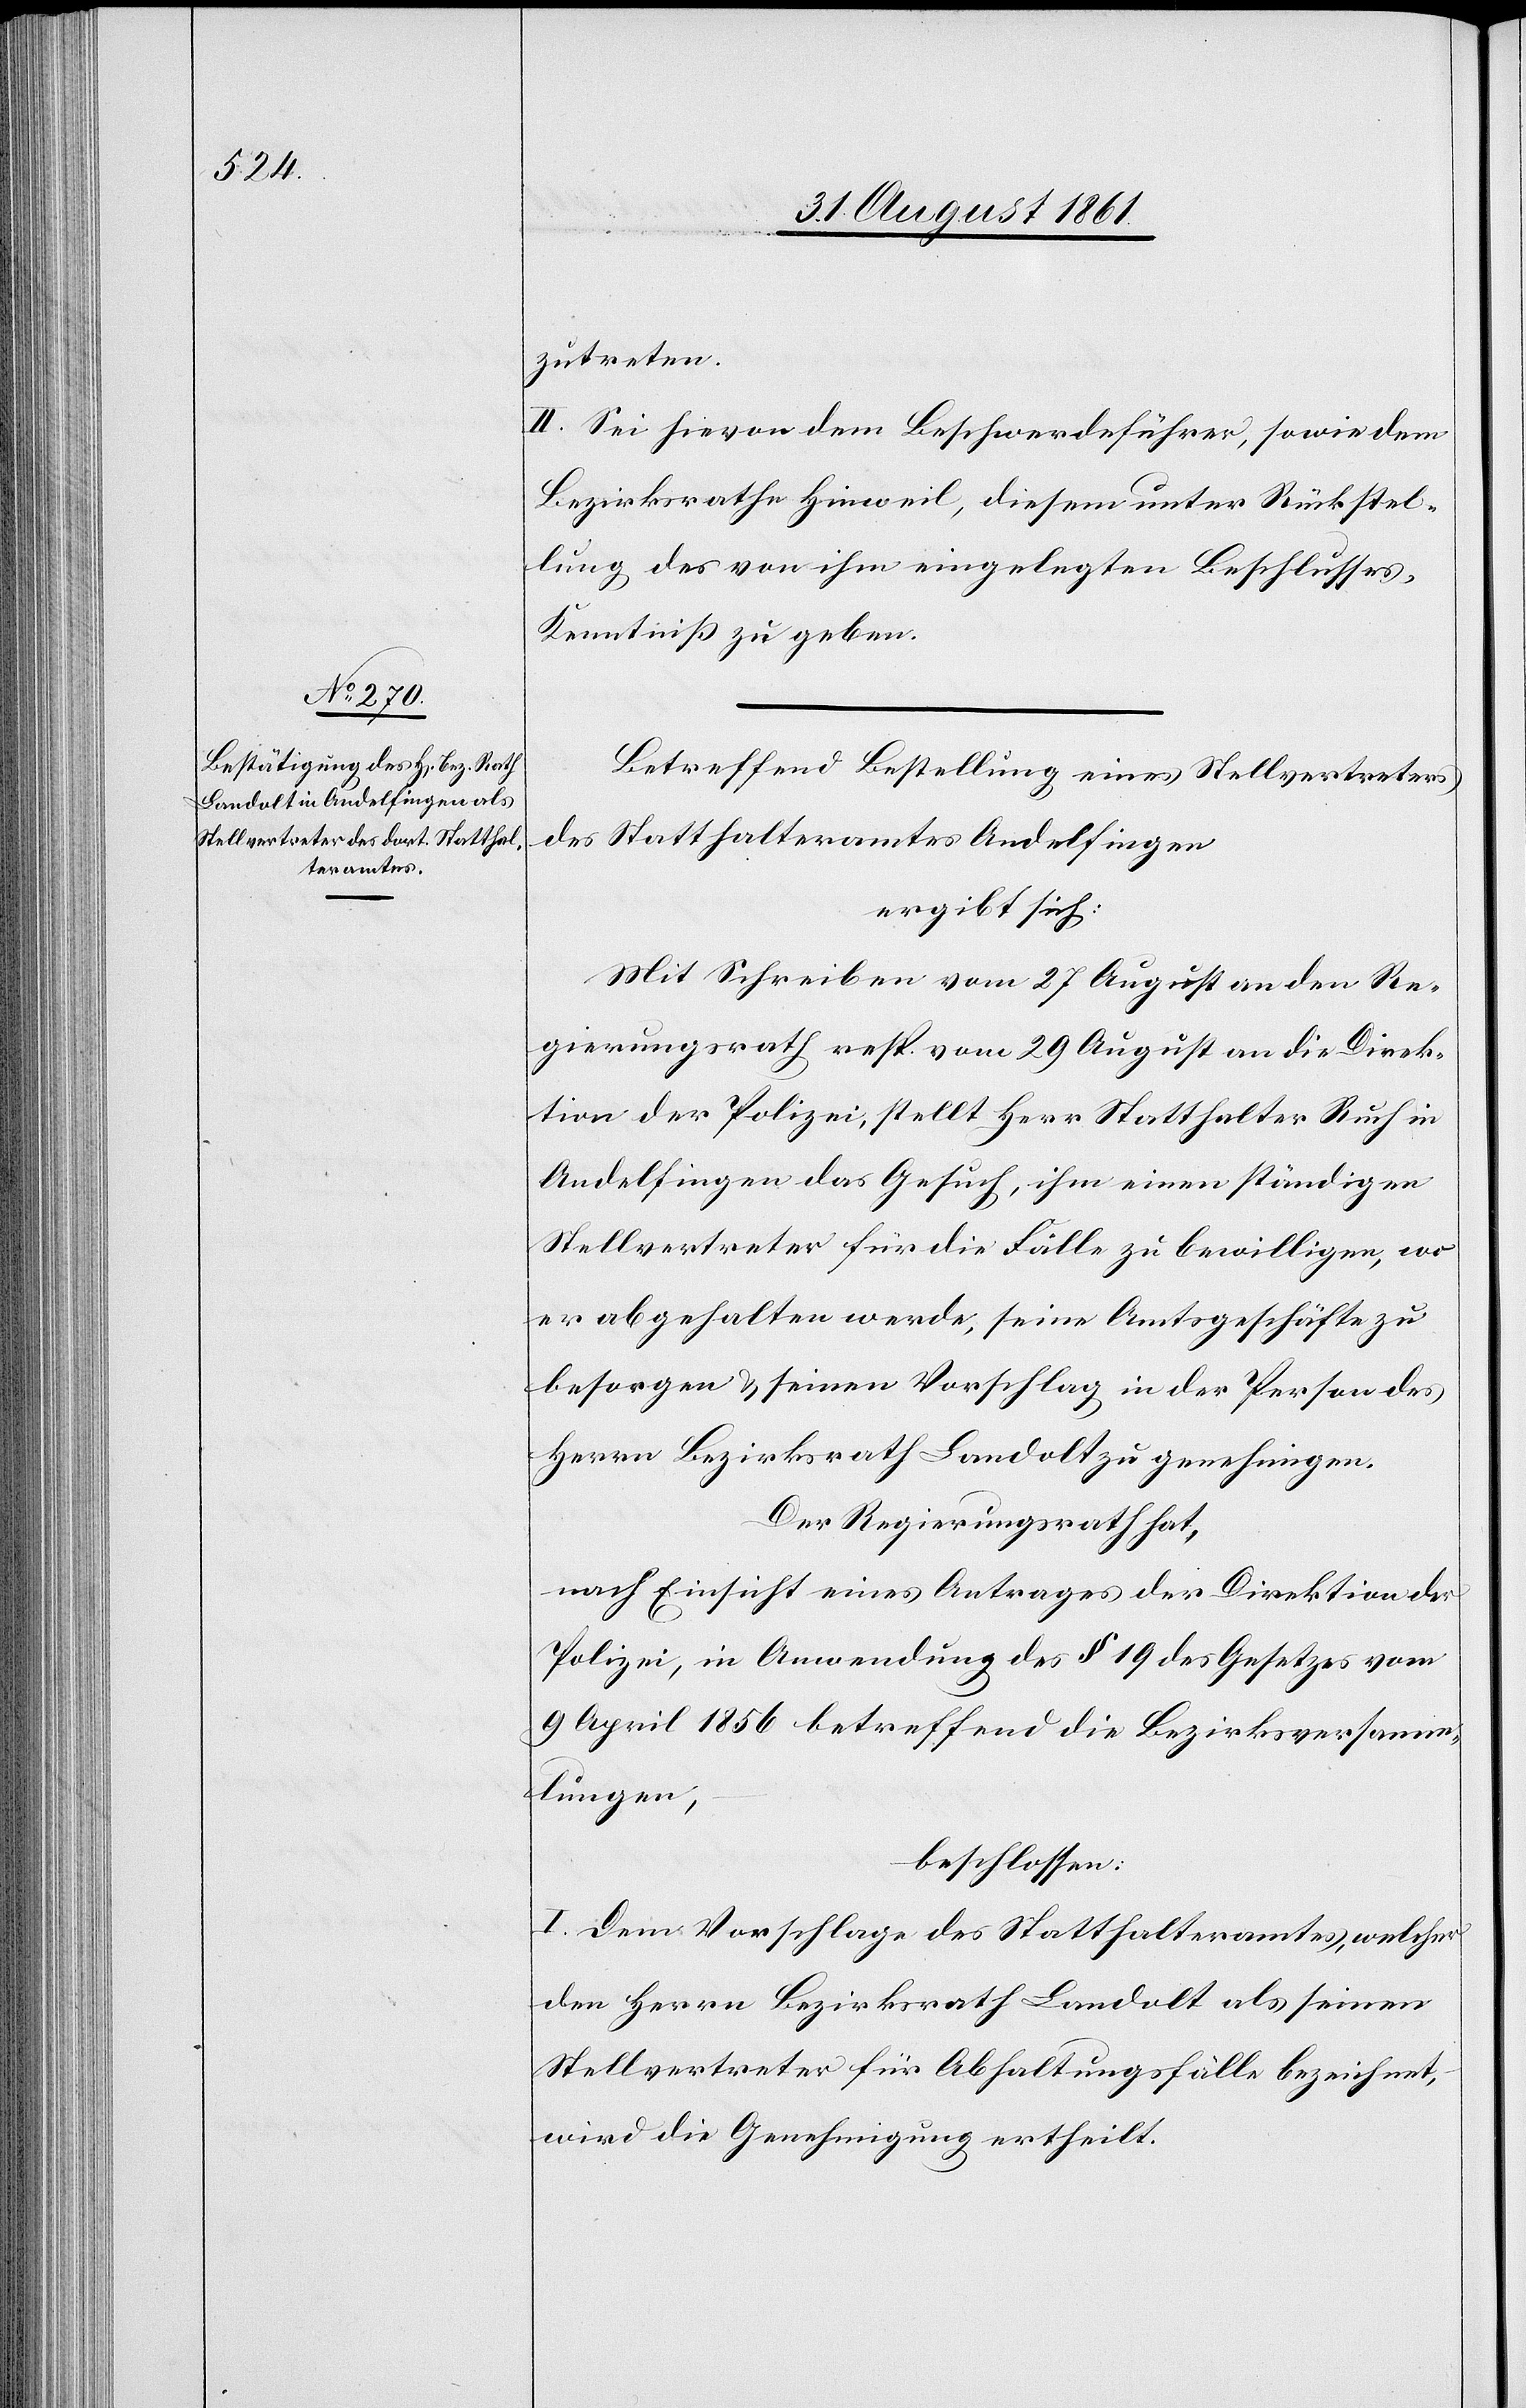
zutreten.
II. Sei hievon dem Beschwerdeführer, sowie dem
Bezirksrathe Hinweil, diesem unter Rückstel¬
lung des von ihm eingelegten Beschlusses,
Kenntniß zu geben.
Betreffend Bestellung eines Stellvertreters
des Statthalteramtes Andelfingen
ergibt sich:
Mit Schreiben vom 27 August an den Re¬
gierungsrath resp. vom 29 August an die Direk¬
tion der Polizei, stellt Herr Statthalter Ruch in
Andelfingen das Gesuch, ihm einen ständigen
Stellvertreter für die Fälle zu bewilligen, wo
er abgehalten werde, seine Amtsgeschäfte zu
besorgen u. seinen Vorschlag in der Person des
Herrn Bezirksrath Landolt zu genehmigen.
Der Regierungsrath hat,
nach Einsicht eines Antrages der Direktion der
Polizei, in Anwendung des § 19 des Gesetzes vom
9 April 1856 betreffend die Bezirksversamm¬
lungen,
beschlossen:
I. Dem Vorschlage des Statthalteramtes, welcher
den Herrn Bezirksrathe Landolt als seinen
Stellvertreter für Abhaltungsfälle bezeichnet,
wird die Genehmigung ertheilt.